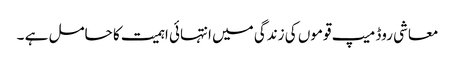
معاشی روڈ میپ قوموں کی زندگی میں انتہائی اہمیت کا حامل ہے ۔